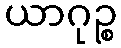
ယာဂုဉ္စ